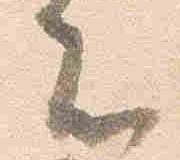
者